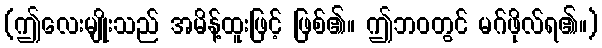
(ဤလေးမျိုးသည် အမိန့်ထူးဖြင့် ဖြစ်၏။ ဤဘဝတွင် မဂ်ဖိုလ်ရ၏။)